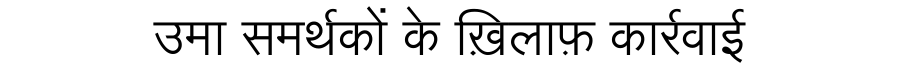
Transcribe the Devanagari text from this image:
उमा समर्थकों के ख़िलाफ़ कार्रवाई